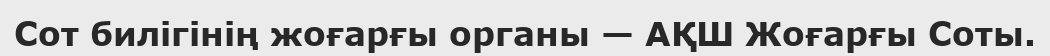
Сот билігінің жоғарғы органы — АҚШ Жоғарғы Соты.